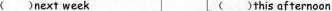
( )next week ( )this af ternoon